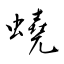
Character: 蟯